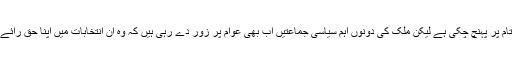
انتخابی مہم اگرچہ اپنے اختتام پر پہنچ چکی ہے لیکن ملک کی دونوں اہم سیاسی جماعتیں اب بھی عوام پر زور دے رہی ہیں کہ وہ ان انتخابات میں اپنا حق رائے دہی ضرور استعمال کریں۔